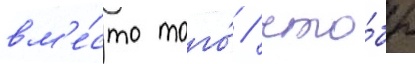
вм'е́сто того́ / что́бы